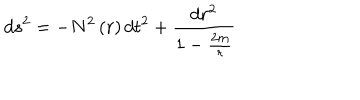
d s ^ { 2 } = - N ^ { 2 } \left( r \right) d t ^ { 2 } + \frac { d r ^ { 2 } } { 1 - \frac { 2 m } { r } }